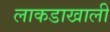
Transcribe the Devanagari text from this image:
लाकडाखाली